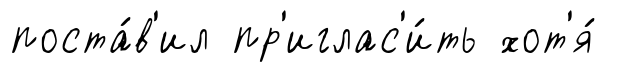
поста́в'ил пр'иглас'и́ть хот'я́